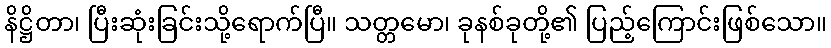
နိဋ္ဌိတာ၊ ပြီးဆုံးခြင်းသို့ရောက်ပြီ။ သတ္တမော၊ ခုနစ်ခုတို့၏ ပြည့်ကြောင်းဖြစ်သော။